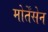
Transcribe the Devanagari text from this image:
मोर्तेंसेन